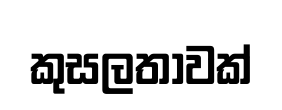
කුසලතාවක්